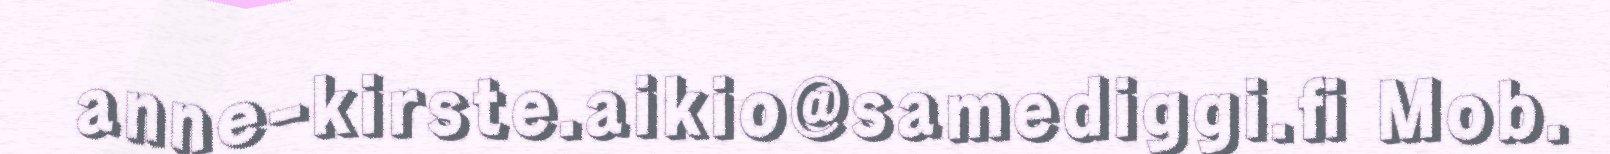
anne-kirste.aikio@samediggi.fi Mob.